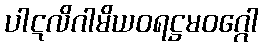
ပါဋလိဂါမိယဝရဋ္ဌမဝဂ္ဂေါ